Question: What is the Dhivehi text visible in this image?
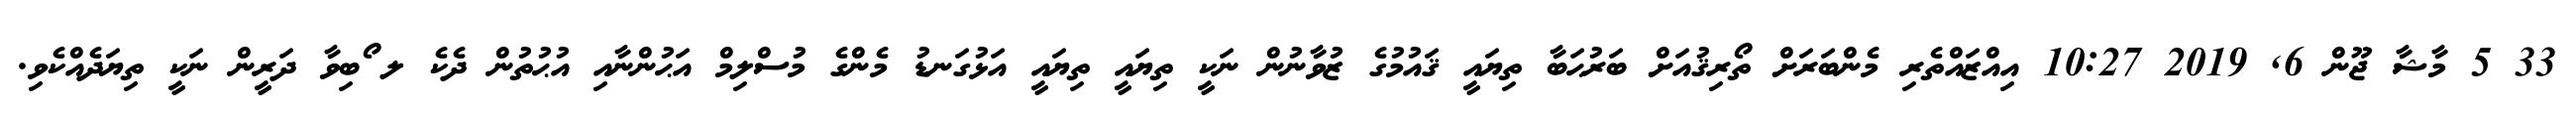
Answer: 33 5 މާޝާ ޖޫން 6, 2019 10:27 އިއްޒައްތެރި މެންބަރަށް ތޯރިޤުއަށް ބަރުޙަބާ ތިޔައީ ޤައުމުގެ ޒުވާނުން ނަކީ ތިޔައީ ތިޔައީ އަޅުގަނޑު މެންގެ މުސްލިމް އަޙުންނާއި އުޙުތުން ދެކެ ލ ޯބިވާ ދަރީން ނަކީ ތިޔަދެއްކެވި.